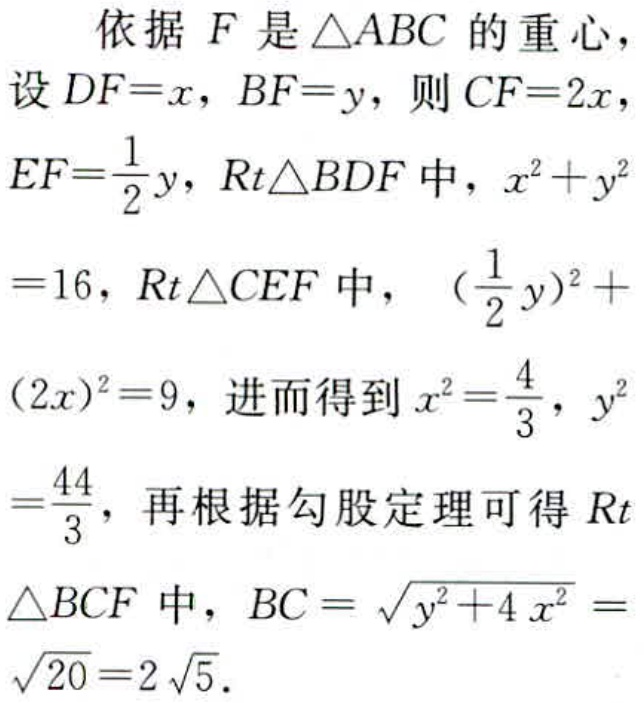
依据 \(F\) 是 \(\triangle ABC\) 的重心，设 \(DF = x\)，\(BF = y\)，则 \(CF = 2x\)，\(EF=\frac{1}{2}y\)，\(Rt\triangle BDF\) 中，\(x^{2}+y^{2}=16\)，\(Rt\triangle CEF\) 中，\((\frac{1}{2}y)^{2}+(2x)^{2}=9\)，进而得到 \(x^{2}=\frac{4}{3}\)，\(y^{2}=\frac{44}{3}\)，再根据勾股定理可得 \(Rt\triangle BCF\) 中，\(BC = \sqrt{y^{2}+4x^{2}}=\sqrt{20}=2\sqrt{5}\)。